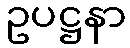
ဥပဋ္ဌနာ